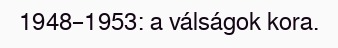
1948–1953: a válságok kora.